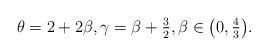
LaTeX: \begin{align*} \theta=2+2\beta, \gamma = \beta+\tfrac32, \beta \in \big(0,\tfrac43\big). \end{align*}